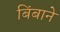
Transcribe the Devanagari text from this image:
बिंबाने